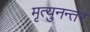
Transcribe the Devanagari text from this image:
मृत्युनन्तर